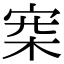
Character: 𣑄